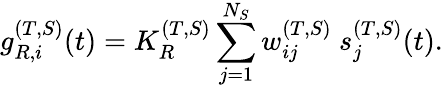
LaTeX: g_{R,i}^{(T,S)}(t)=K_{R}^{(T,S)}\sum_{j=1}^{N_{S}}w_{ij}^{(T,S)}~s_{j}^{(T,S)}(t).